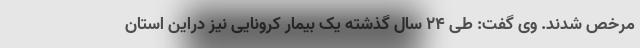
مرخص شدند. وی گفت: طی ۲۴ سال گذشته یک بیمار کرونایی نیز دراین استان